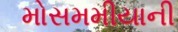
મોસમમીયાની